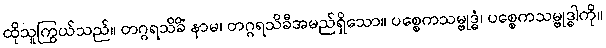
ထိုသူကြွယ်သည်။ တဂ္ဂရသိခိံ နာမ၊ တဂ္ဂရသိခီအမည်ရှိသော။ ပစ္စေကသမ္ဗုဒ္ဓံ၊ ပစ္စေကသမ္ဗုဒ္ဓါကို။